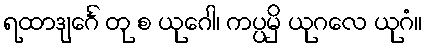
ရထာဒျင်္ဂေ တု စ ယုဂေါ၊ ကပ္ပမှိ ယုဂလေ ယုဂံ။